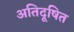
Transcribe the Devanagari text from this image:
अतिदूषित